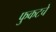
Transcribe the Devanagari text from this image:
फुकटचे